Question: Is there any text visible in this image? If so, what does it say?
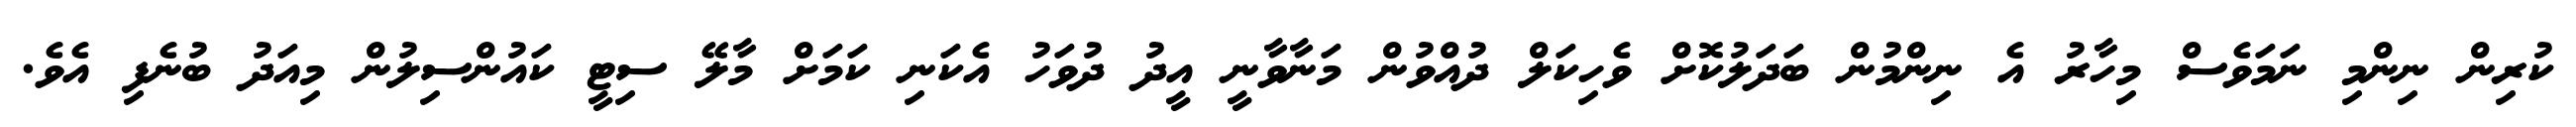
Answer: ކުރިން ނިންމި ނަމަވެސް މިހާރު އެ ނިންމުން ބަދަލުކޮށް ވެހިކަލް ދުއްވުން މަނާވާނީ އީދު ދުވަހު އެކަނި ކަމަށް މާލޭ ސިޓީ ކައުންސިލުން މިއަދު ބުނެފި އެވެ.